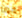
لاما